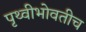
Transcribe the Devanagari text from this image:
पृथ्वीभोवतीच